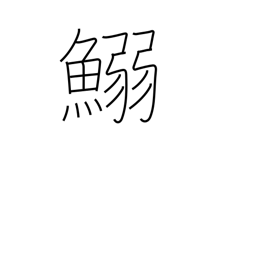
Meaning: (kokuji)